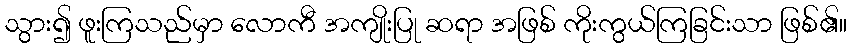
သွား၍ ဖူးကြသည်မှာ လောကီ အကျိုးပြု ဆရာ အဖြစ် ကိုးကွယ်ကြခြင်းသာ ဖြစ်၏။